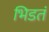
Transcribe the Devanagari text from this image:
भिडतं